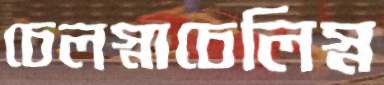
চেলস্নাচেলিস্ন